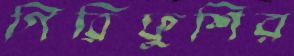
গিরিফুশির